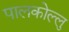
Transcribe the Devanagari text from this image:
पालकोल्लु